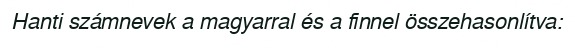
Hanti számnevek a magyarral és a finnel összehasonlítva: